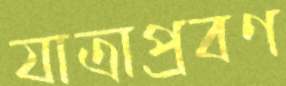
যাত্রাপ্রবণ